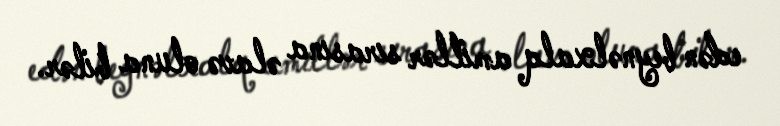
edən beynəlxalq amillər sırasına əlavə oluna bilər.